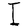
Character: I